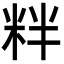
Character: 䉽